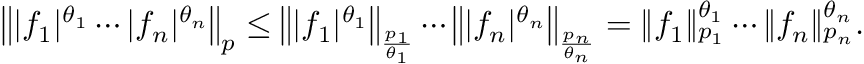
\left\| | f _ { 1 } | ^ { \theta _ { 1 } } \cdots | f _ { n } | ^ { \theta _ { n } } \right\| _ { p } \leq \left\| | f _ { 1 } | ^ { \theta _ { 1 } } \right\| _ { \frac { p _ { 1 } } { \theta _ { 1 } } } \cdots \left\| | f _ { n } | ^ { \theta _ { n } } \right\| _ { \frac { p _ { n } } { \theta _ { n } } } = \| f _ { 1 } \| _ { p _ { 1 } } ^ { \theta _ { 1 } } \cdots \| f _ { n } \| _ { p _ { n } } ^ { \theta _ { n } } .